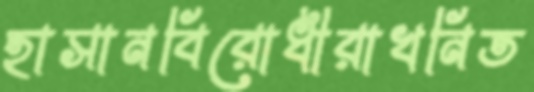
হাসানবিরোধীরাখনিত